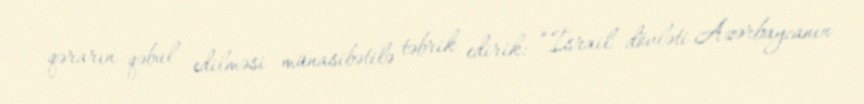
qərarın qəbul edilməsi münasibətilə təbrik edirik: “İsrail dövləti Azərbaycanın